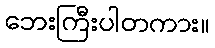
ဘေးကြီးပါတကား။